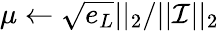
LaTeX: \mu\leftarrow\sqrt{e_{L}}||_{2}/||\mathcal{I}||_{2}